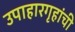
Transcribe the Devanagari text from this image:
उपाहारगृहांची